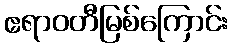
ဧရာဝတီမြစ်ကြောင်း